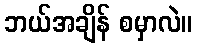
ဘယ်အချိန် စမှာလဲ။